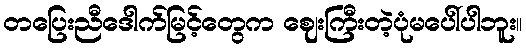
တပြေးညီဒေါက်မြင့်တွေက ဈေးကြီးတဲ့ပုံမပေါ်ပါဘူး။